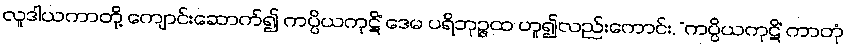
လူဒါယကာတို့ ကျောင်းဆောက်၍ ကပ္ပိယကုဋိံ ဒေမ ပရိဘုဉ္ဇထ ဟူ၍လည်းကောင်း, “ကပ္ပိယကုဋိံ ကာတုံ